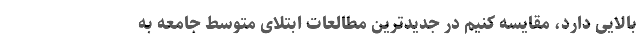
بالایی دارد، مقایسه کنیم در جدیدترین مطالعات ابتلای متوسط جامعه به